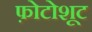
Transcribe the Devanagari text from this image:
फ़ोटोशूट